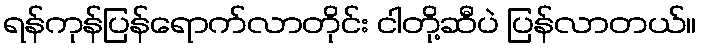
ရန်ကုန်ပြန်ရောက်လာတိုင်း ငါတို့ဆီပဲ ပြန်လာတယ်။